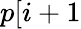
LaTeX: p[i+1